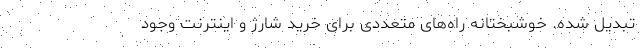
تبدیل شده. خوشبختانه راه‌های متعددی برای خرید شارژ و اینترنت وجود